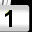
Digit: 1